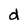
Character: d